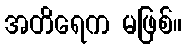
အတိရေက မဖြစ်။